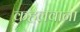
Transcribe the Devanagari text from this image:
कहलवाना